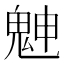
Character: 䰠